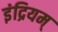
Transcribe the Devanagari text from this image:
इंद्रियम्